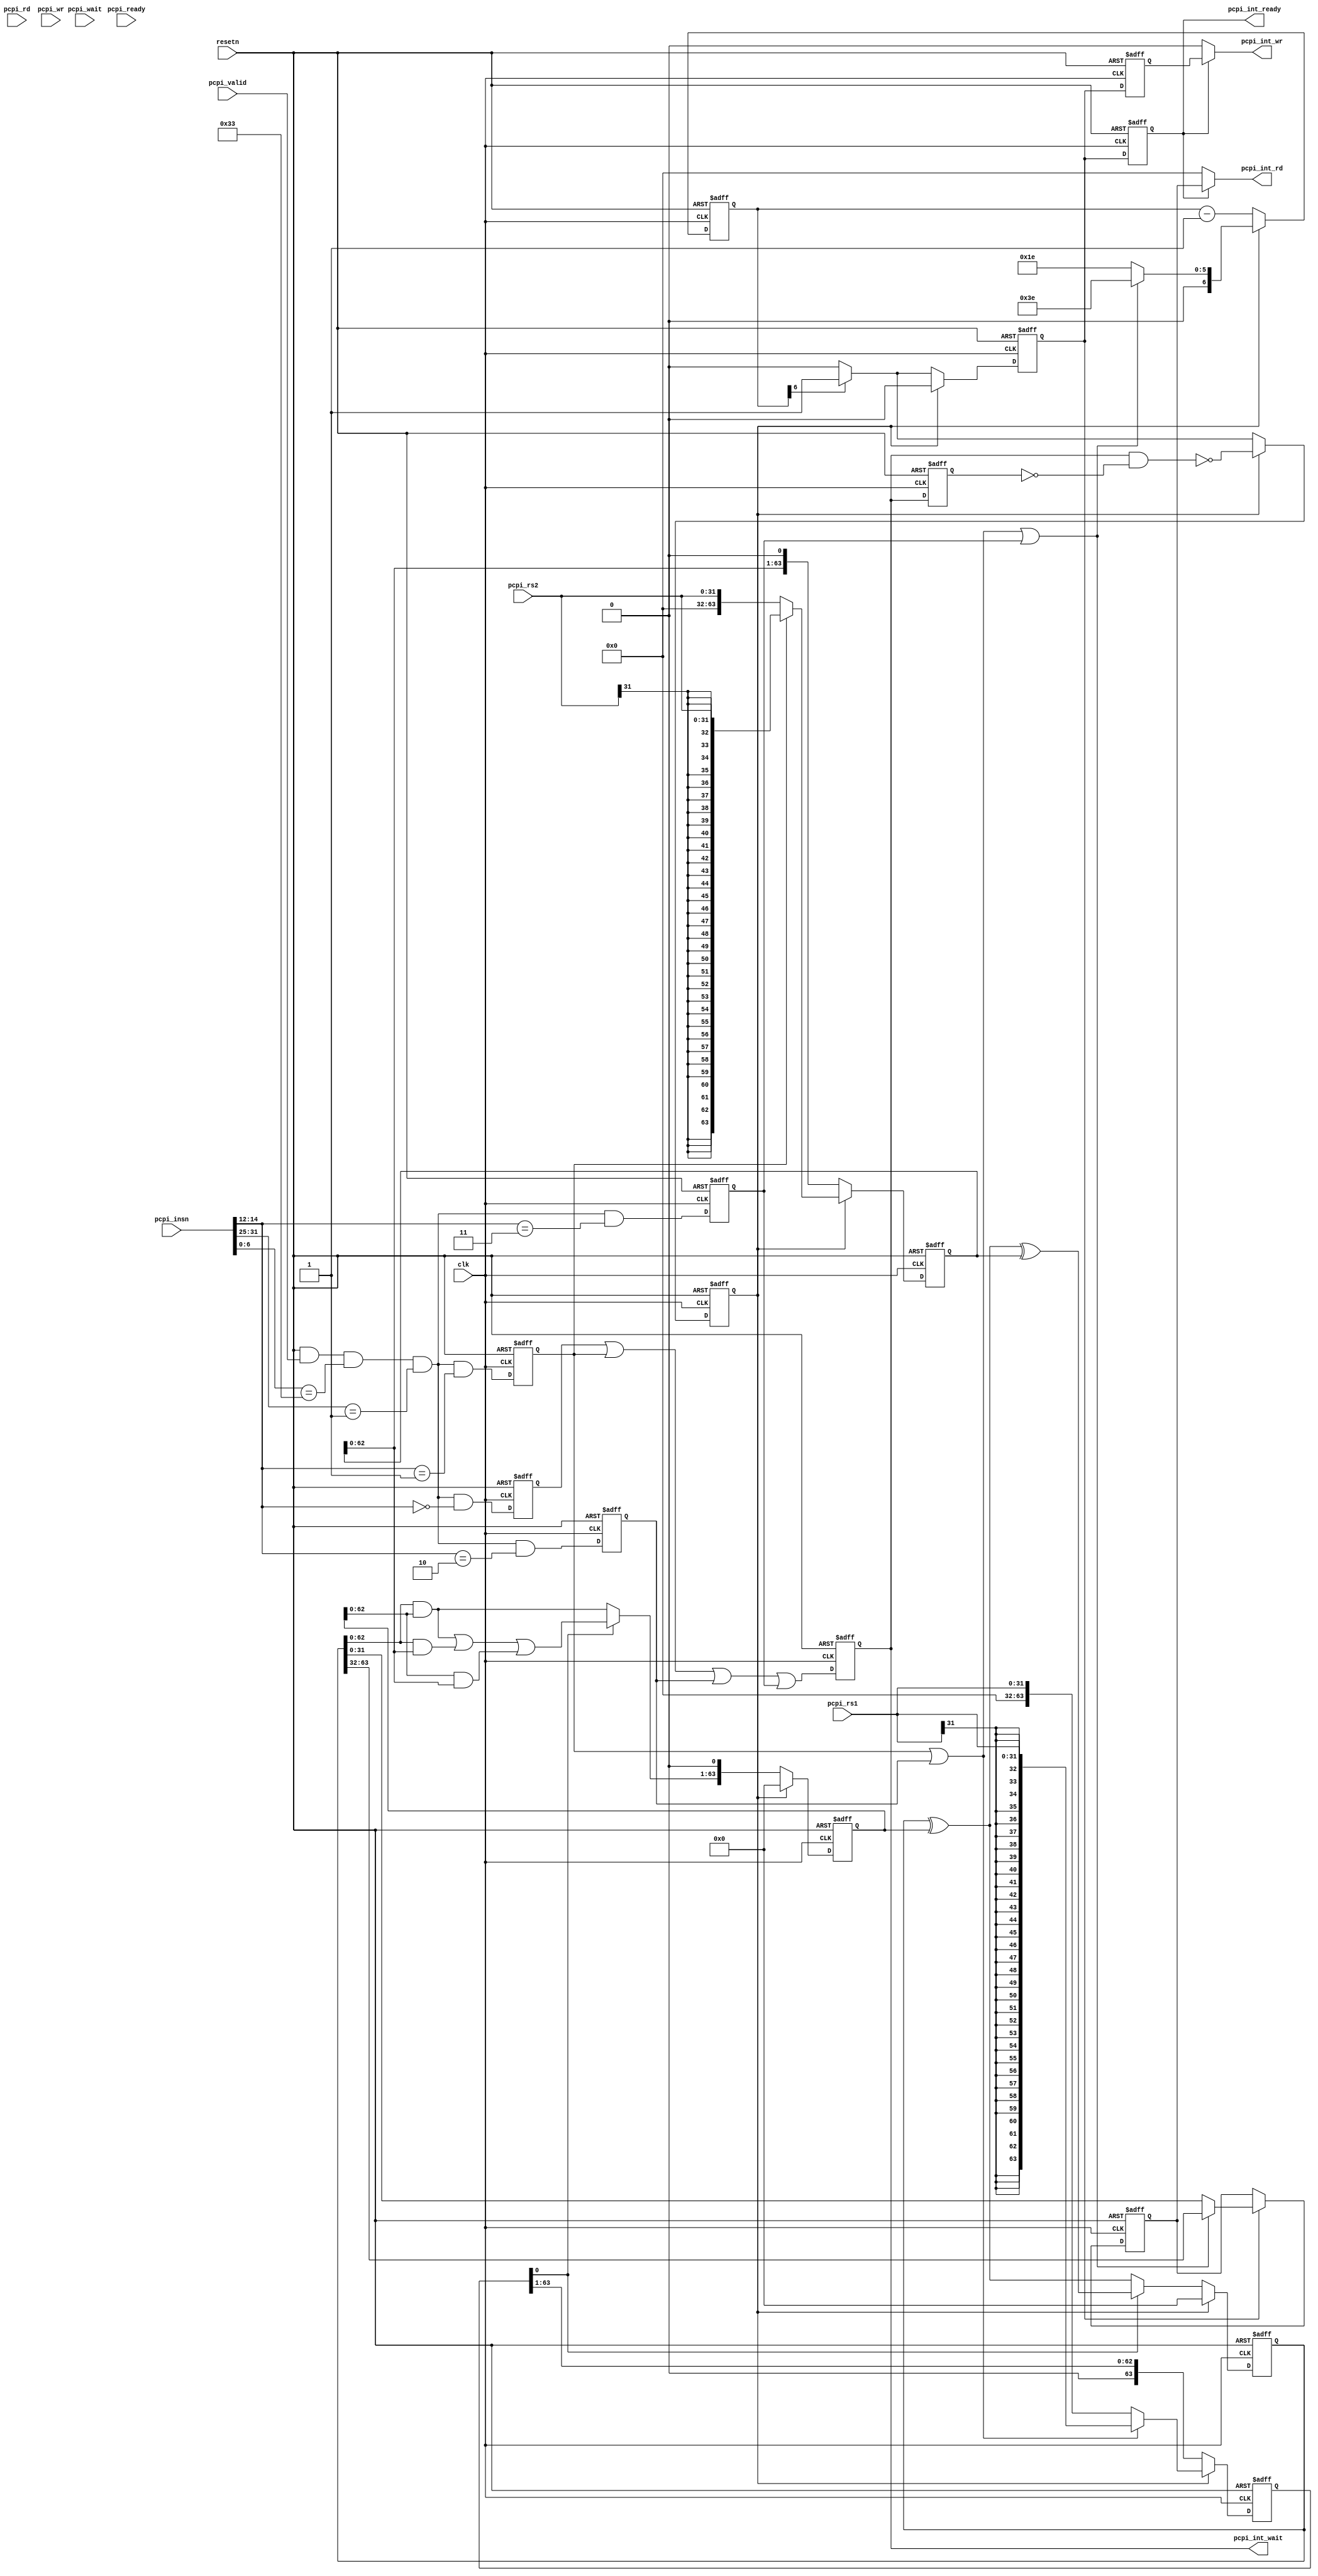
module opicorv32_pcpi_if (
    pcpi_wait,
    pcpi_rd,
    pcpi_rs2,
    pcpi_rs1,
    pcpi_wr,
    clk,
    pcpi_insn,
    pcpi_valid,
    resetn,
    pcpi_ready,
    pcpi_int_wr,
    pcpi_int_rd,
    pcpi_int_wait,
    pcpi_int_ready
);

    input pcpi_wait;
    input [31:0] pcpi_rd;
    input [31:0] pcpi_rs2;
    input [31:0] pcpi_rs1;
    input pcpi_wr;
    input clk;
    input [31:0] pcpi_insn;
    input pcpi_valid;
    input resetn;
    input pcpi_ready;
    output pcpi_int_wr;
    output [31:0] pcpi_int_rd;
    output pcpi_int_wait;
    output pcpi_int_ready;

    /* signal declarations */
    wire _2534;
    wire _2529;
    wire _2530;
    wire _2531;
    wire [31:0] _2527 = 32'b00000000000000000000000000000000;
    wire [31:0] _2526 = 32'b00000000000000000000000000000000;
    wire [31:0] _2524;
    wire [63:0] _2437 = 64'b0000000000000000000000000000000000000000000000000000000000000000;
    wire [63:0] _2435 = 64'b0000000000000000000000000000000000000000000000000000000000000000;
    wire [63:0] _2477 = 64'b0000000000000000000000000000000000000000000000000000000000000000;
    wire [63:0] _2440;
    wire [63:0] _2433 = 64'b0000000000000000000000000000000000000000000000000000000000000000;
    wire [63:0] _2431 = 64'b0000000000000000000000000000000000000000000000000000000000000000;
    wire [63:0] _2476 = 64'b0000000000000000000000000000000000000000000000000000000000000000;
    wire _2450 = 1'b0;
    wire [63:0] _2444;
    wire [63:0] _2425 = 64'b0000000000000000000000000000000000000000000000000000000000000000;
    wire [63:0] _2423 = 64'b0000000000000000000000000000000000000000000000000000000000000000;
    wire _2485;
    wire [1:0] _2486;
    wire [3:0] _2487;
    wire [7:0] _2488;
    wire [15:0] _2489;
    wire [31:0] _2490;
    wire [63:0] _2492;
    wire [31:0] _2482 = 32'b00000000000000000000000000000000;
    wire [63:0] _2484;
    wire [63:0] _2493;
    wire _2456 = 1'b0;
    wire [62:0] _2457;
    wire [63:0] _2458;
    wire [63:0] _2518;
    wire [63:0] _2424;
    reg [63:0] _2426;
    wire [63:0] _2445;
    wire [63:0] _2446;
    wire [63:0] _2447;
    wire [63:0] _2443;
    wire _2448;
    wire [63:0] _2449;
    wire [62:0] _2451;
    wire [63:0] _2452;
    wire [63:0] _2516;
    wire [63:0] _2432;
    reg [63:0] _2434;
    wire [63:0] _2439;
    wire [63:0] _2429 = 64'b0000000000000000000000000000000000000000000000000000000000000000;
    wire [63:0] _2427 = 64'b0000000000000000000000000000000000000000000000000000000000000000;
    wire _2501;
    wire [1:0] _2502;
    wire [3:0] _2503;
    wire [7:0] _2504;
    wire [15:0] _2505;
    wire [31:0] _2506;
    wire [63:0] _2508;
    wire [31:0] _2498 = 32'b00000000000000000000000000000000;
    wire [63:0] _2500;
    wire _2416;
    wire [63:0] _2509;
    wire [62:0] _2453;
    wire _2454 = 1'b0;
    wire [63:0] _2455;
    wire [63:0] _2517;
    wire [63:0] _2428;
    reg [63:0] _2430;
    wire _2441;
    wire [63:0] _2442;
    wire [63:0] _2515;
    wire [63:0] _2436;
    reg [63:0] _2438;
    wire [31:0] _2523;
    wire [31:0] _2525;
    reg [31:0] _2528;
    wire [31:0] _2537 = 32'b00000000000000000000000000000000;
    wire [31:0] _2538;
    wire [31:0] _2539;
    wire _2519 = 1'b0;
    reg _2520;
    wire _2521 = 1'b0;
    wire _2467 = 1'b0;
    wire _2510;
    wire _2464 = 1'b0;
    wire _2419 = 1'b0;
    reg _2420;
    wire _2421;
    wire _2417 = 1'b0;
    wire _2391 = 1'b0;
    wire [2:0] _2388 = 3'b000;
    wire [2:0] _2387;
    wire _2389;
    wire _2390;
    reg _2392;
    wire _2411;
    wire _2412;
    wire _2413;
    reg _2418;
    wire _2422;
    wire _2472;
    wire [6:0] _2461 = 7'b0000000;
    wire [6:0] _2459 = 7'b0000000;
    wire [6:0] _2474 = 7'b0111110;
    wire [6:0] _2473 = 7'b0011110;
    wire _2409 = 1'b0;
    wire [2:0] _2406 = 3'b011;
    wire [2:0] _2405;
    wire _2407;
    wire _2408;
    reg _2410;
    wire _2403 = 1'b0;
    wire [2:0] _2400 = 3'b010;
    wire [2:0] _2399;
    wire _2401;
    wire _2402;
    reg _2404;
    wire _2397 = 1'b0;
    wire [2:0] _2394 = 3'b001;
    wire [2:0] _2393;
    wire _2395;
    wire [6:0] _2379 = 7'b0000001;
    wire [6:0] _2378;
    wire _2380;
    wire [6:0] _2382 = 7'b0110011;
    wire [6:0] _2381;
    wire _2383;
    wire _2384;
    wire _2385;
    wire _2386;
    wire _2396;
    reg _2398;
    wire _2414;
    wire _2415;
    wire [6:0] _2475;
    wire [6:0] _2470 = 7'b0000001;
    wire [6:0] _2471;
    wire [6:0] _2514;
    wire [6:0] _2460;
    reg [6:0] _2462;
    wire _2469;
    wire _2512;
    wire _2513;
    wire _2463;
    reg _2465;
    wire _2511;
    wire _2466;
    reg _2468;
    reg _2522;
    wire vdd = 1'b1;
    wire _2532;
    wire _2535;
    wire gnd = 1'b0;
    wire _2533;
    wire _2536;

    /* logic */
    assign _2534 = _2533 | _2532;
    assign _2529 = vdd & _2418;
    assign _2530 = gnd & pcpi_wait;
    assign _2531 = _2530 | _2529;
    assign _2524 = _2438[63:32];
    assign _2440 = _2439 ^ _2426;
    assign _2444 = _2434 & _2426;
    assign _2485 = pcpi_rs2[31:31];
    assign _2486 = { _2485, _2485 };
    assign _2487 = { _2486, _2486 };
    assign _2488 = { _2487, _2487 };
    assign _2489 = { _2488, _2488 };
    assign _2490 = { _2489, _2489 };
    assign _2492 = { _2490, pcpi_rs2 };
    assign _2484 = { _2482, pcpi_rs2 };
    assign _2493 = _2398 ? _2492 : _2484;
    assign _2457 = _2426[62:0];
    assign _2458 = { _2457, _2456 };
    assign _2518 = _2465 ? _2493 : _2458;
    assign _2424 = _2518;
    always @(posedge clk or negedge resetn) begin
        if (resetn == 0)
            _2426 <= _2423;
        else
            _2426 <= _2424;
    end
    assign _2445 = _2438 & _2426;
    assign _2446 = _2443 | _2445;
    assign _2447 = _2446 | _2444;
    assign _2443 = _2438 & _2434;
    assign _2448 = _2430[0:0];
    assign _2449 = _2448 ? _2447 : _2443;
    assign _2451 = _2449[62:0];
    assign _2452 = { _2451, _2450 };
    assign _2516 = _2465 ? _2476 : _2452;
    assign _2432 = _2516;
    always @(posedge clk or negedge resetn) begin
        if (resetn == 0)
            _2434 <= _2431;
        else
            _2434 <= _2432;
    end
    assign _2439 = _2438 ^ _2434;
    assign _2501 = pcpi_rs1[31:31];
    assign _2502 = { _2501, _2501 };
    assign _2503 = { _2502, _2502 };
    assign _2504 = { _2503, _2503 };
    assign _2505 = { _2504, _2504 };
    assign _2506 = { _2505, _2505 };
    assign _2508 = { _2506, pcpi_rs1 };
    assign _2500 = { _2498, pcpi_rs1 };
    assign _2416 = _2398 | _2404;
    assign _2509 = _2416 ? _2508 : _2500;
    assign _2453 = _2430[63:1];
    assign _2455 = { _2454, _2453 };
    assign _2517 = _2465 ? _2509 : _2455;
    assign _2428 = _2517;
    always @(posedge clk or negedge resetn) begin
        if (resetn == 0)
            _2430 <= _2427;
        else
            _2430 <= _2428;
    end
    assign _2441 = _2430[0:0];
    assign _2442 = _2441 ? _2440 : _2439;
    assign _2515 = _2465 ? _2477 : _2442;
    assign _2436 = _2515;
    always @(posedge clk or negedge resetn) begin
        if (resetn == 0)
            _2438 <= _2435;
        else
            _2438 <= _2436;
    end
    assign _2523 = _2438[31:0];
    assign _2525 = _2415 ? _2524 : _2523;
    always @(posedge clk or negedge resetn) begin
        if (resetn == 0)
            _2528 <= _2526;
        else
            if (_2468)
                _2528 <= _2525;
    end
    assign _2538 = _2532 ? _2528 : _2537;
    assign _2539 = _2533 ? pcpi_rd : _2538;
    always @(posedge clk or negedge resetn) begin
        if (resetn == 0)
            _2520 <= gnd;
        else
            _2520 <= _2468;
    end
    assign _2510 = _2469 ? vdd : gnd;
    always @(posedge clk or negedge resetn) begin
        if (resetn == 0)
            _2420 <= gnd;
        else
            _2420 <= _2418;
    end
    assign _2421 = ~ _2420;
    assign _2387 = pcpi_insn[14:12];
    assign _2389 = _2387 == _2388;
    assign _2390 = _2386 & _2389;
    always @(posedge clk or negedge resetn) begin
        if (resetn == 0)
            _2392 <= gnd;
        else
            _2392 <= _2390;
    end
    assign _2411 = _2392 | _2398;
    assign _2412 = _2411 | _2404;
    assign _2413 = _2412 | _2410;
    always @(posedge clk or negedge resetn) begin
        if (resetn == 0)
            _2418 <= gnd;
        else
            _2418 <= _2413;
    end
    assign _2422 = _2418 & _2421;
    assign _2472 = ~ _2422;
    assign _2405 = pcpi_insn[14:12];
    assign _2407 = _2405 == _2406;
    assign _2408 = _2386 & _2407;
    always @(posedge clk or negedge resetn) begin
        if (resetn == 0)
            _2410 <= gnd;
        else
            _2410 <= _2408;
    end
    assign _2399 = pcpi_insn[14:12];
    assign _2401 = _2399 == _2400;
    assign _2402 = _2386 & _2401;
    always @(posedge clk or negedge resetn) begin
        if (resetn == 0)
            _2404 <= gnd;
        else
            _2404 <= _2402;
    end
    assign _2393 = pcpi_insn[14:12];
    assign _2395 = _2393 == _2394;
    assign _2378 = pcpi_insn[31:25];
    assign _2380 = _2378 == _2379;
    assign _2381 = pcpi_insn[6:0];
    assign _2383 = _2381 == _2382;
    assign _2384 = resetn & pcpi_valid;
    assign _2385 = _2384 & _2383;
    assign _2386 = _2385 & _2380;
    assign _2396 = _2386 & _2395;
    always @(posedge clk or negedge resetn) begin
        if (resetn == 0)
            _2398 <= gnd;
        else
            _2398 <= _2396;
    end
    assign _2414 = _2398 | _2404;
    assign _2415 = _2414 | _2410;
    assign _2475 = _2415 ? _2474 : _2473;
    assign _2471 = _2462 - _2470;
    assign _2514 = _2465 ? _2475 : _2471;
    assign _2460 = _2514;
    always @(posedge clk or negedge resetn) begin
        if (resetn == 0)
            _2462 <= _2459;
        else
            _2462 <= _2460;
    end
    assign _2469 = _2462[6:6];
    assign _2512 = _2469 ? vdd : _2465;
    assign _2513 = _2465 ? _2472 : _2512;
    assign _2463 = _2513;
    always @(posedge clk or negedge resetn) begin
        if (resetn == 0)
            _2465 <= vdd;
        else
            _2465 <= _2463;
    end
    assign _2511 = _2465 ? gnd : _2510;
    assign _2466 = _2511;
    always @(posedge clk or negedge resetn) begin
        if (resetn == 0)
            _2468 <= gnd;
        else
            _2468 <= _2466;
    end
    always @(posedge clk or negedge resetn) begin
        if (resetn == 0)
            _2522 <= gnd;
        else
            _2522 <= _2468;
    end
    assign _2532 = vdd & _2522;
    assign _2535 = _2532 ? _2520 : gnd;
    assign _2533 = gnd & pcpi_ready;
    assign _2536 = _2533 ? pcpi_wr : _2535;

    /* aliases */

    /* output assignments */
    assign pcpi_int_wr = _2536;
    assign pcpi_int_rd = _2539;
    assign pcpi_int_wait = _2531;
    assign pcpi_int_ready = _2534;

endmodule